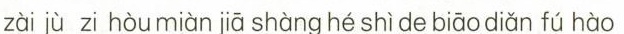
zài jù zi hòu miàn jiā shàng hé shi de biāo diǎn fú hào